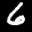
Label: 6